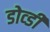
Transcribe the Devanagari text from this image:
डोव्डी